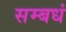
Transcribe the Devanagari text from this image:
सम्बधं